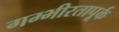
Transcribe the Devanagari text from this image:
गम्भीरतापूर्क